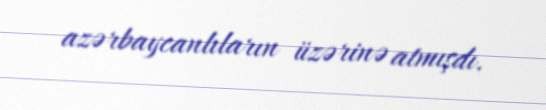
azərbaycanlıların üzərinə atmışdı.